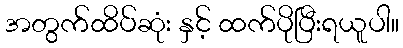
အတွက်ထိပ်ဆုံး နှင့် ထက်ပိုပြီးရယူပါ။